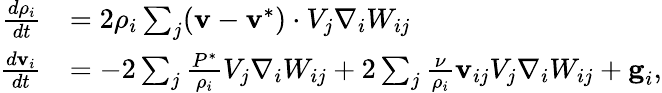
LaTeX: \begin{array}{rl}{\frac{d\rho_{i}}{dt}}&{=2{\rho_{i}}\sum_{j}(\textbf{v}-\textbf{v}^{*})\cdot V_{j}\nabla_{i}W_{ij}}\\ {\frac{d\textbf{v}_{i}}{dt}}&{=-2\sum_{j}\frac{{P}^{*}}{\rho_{i}}V_{j}\nabla_{i}W_{ij}+2\sum_{j}\frac{\nu}{\rho_{i}}\textbf{v}_{ij}V_{j}\nabla_{i}W_{ij}+\textbf{g}_{i},}\end{array}